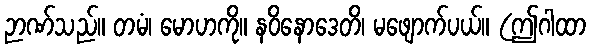
ဉာဏ်သည်။ တမံ၊ မောဟကို။ နဝိနောဒေတိ၊ မဖျောက်ပယ်။ (ဤဂါထာ